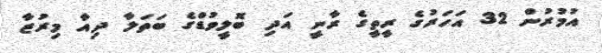
އުމުރުން 32 އަހަރުގެ ރީތީގެ ރާނީ އަދި ބޮލީވުޑްގެ ބަތަލާ ދިއާ މިރުޒާ